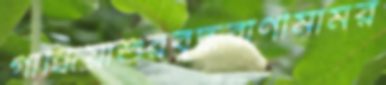
গান্ধিয়াশুরবুদ্ধবাণীমামর